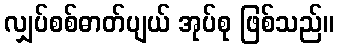
လျှပ်စစ်ဓာတ်ပျယ် အုပ်စု ဖြစ်သည်။